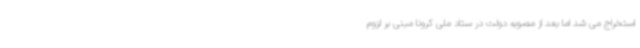
استخراج می شد اما بعد از مصوبه دولت در ستاد ملی کرونا مبنی بر لزوم